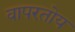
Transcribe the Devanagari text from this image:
वापरतोय